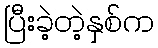
ပြီးခဲ့တဲ့နှစ်က